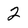
Character: 2